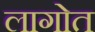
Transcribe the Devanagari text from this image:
लागोत